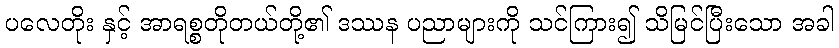
ပလေတိုး နှင့် အာရစ္စတိုတယ်တို့၏ ဒဿန ပညာများကို သင်ကြား၍ သိမြင်ပြီးသော အခါ